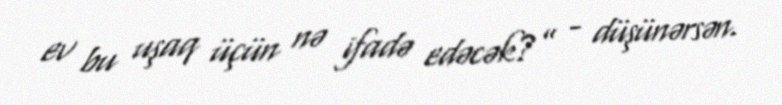
ev bu uşaq üçün nə ifadə edəcək?” - düşünərsən.